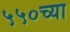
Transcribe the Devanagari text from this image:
५५०च्या